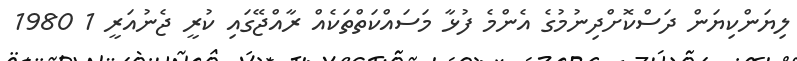
ލިޔަންކިޔަން ދަސްކޮށްދިނުމުގެ އެންމެ ފުޅާ މަސައްކަތްތަކެއް ރާއްޖޭގައި ކުރީ ޖެނުއަރީ 1 1980